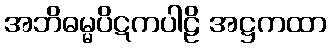
အဘိဓမ္မပိဋကပါဠိ အဋ္ဌကထာ